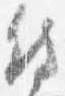
侍